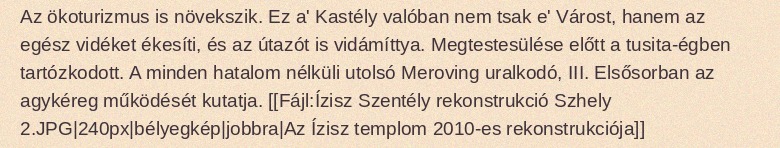
Az ökoturizmus is növekszik. Ez a' Kastély valóban nem tsak e' Várost, hanem az egész vidéket ékesíti, és az útazót is vidámíttya. Megtestesülése előtt a tusita-égben tartózkodott. A minden hatalom nélküli utolsó Meroving uralkodó, III. Elsősorban az agykéreg működését kutatja. [[Fájl:Ízisz Szentély rekonstrukció Szhely 2.JPG|240px|bélyegkép|jobbra|Az Ízisz templom 2010-es rekonstrukciója]]